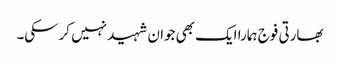
بھارتی فوج ہمارا ایک بھی جوان شہید نہیں کرسکی۔